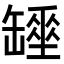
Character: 𦉖